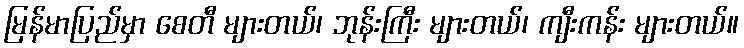
မြန်မာပြည်မှာ စေတီ များတယ်၊ ဘုန်းကြီး များတယ်၊ ကျီးကန်း များတယ်။